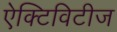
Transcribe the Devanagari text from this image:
ऐक्टिविटीज